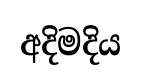
අදිමදිය